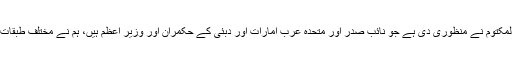
دبئی سیاحتی وژن 2020 میں تعاون کے عزم کے تحت، جسے عزت مآب شیخ محمد بن راشد المکتوم نے منظوری دی ہے جو نائب صدر اور متحدہ عرب امارات اور دبئی کے حکمران اور وزیر اعظم ہیں، ہم نے مختلف طبقات میں، نئے، گھریلو طور پر تیار ہوٹل برانڈز کو متعارف کرانے کے نئے مواقع کی شناخت کی۔